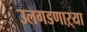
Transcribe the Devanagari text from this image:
उलगडणाऱ्या